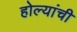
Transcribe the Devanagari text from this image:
होल्यांची